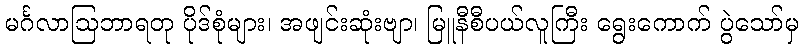
မင်္ဂလာဩဘာရတု ပိုဒ်စုံများ၊ အဖျင်းဆုံးဗျာ၊ မြူနီစီပယ်လူကြီး ရွေးကောက် ပွဲသော်မှ